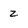
Character: 2